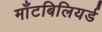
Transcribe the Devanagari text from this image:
माँटबिलियर्ड